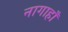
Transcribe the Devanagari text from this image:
नागाहाँ